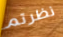
نظرتم